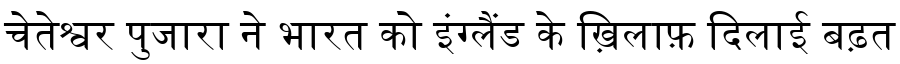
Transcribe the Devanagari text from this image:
चेतेश्वर पुजारा ने भारत को इंग्लैंड के ख़िलाफ़ दिलाई बढ़त